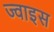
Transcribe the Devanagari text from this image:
ज्वाइस